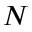
N